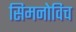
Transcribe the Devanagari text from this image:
सिमनोविच